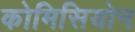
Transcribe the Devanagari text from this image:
कोमिसियोन